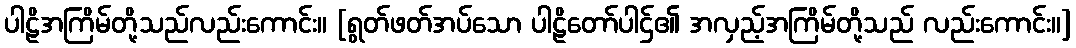
ပါဠိအကြိမ်တို့သည်လည်းကောင်း။ [ရွတ်ဖတ်အပ်သော ပါဠိတော်ပါဌ်၏ အလှည့်အကြိမ်တို့သည် လည်းကောင်း။]